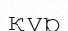
қүр